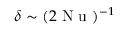
\delta \sim ( 2 \mathrm { ~ N ~ u ~ } ) ^ { - 1 }